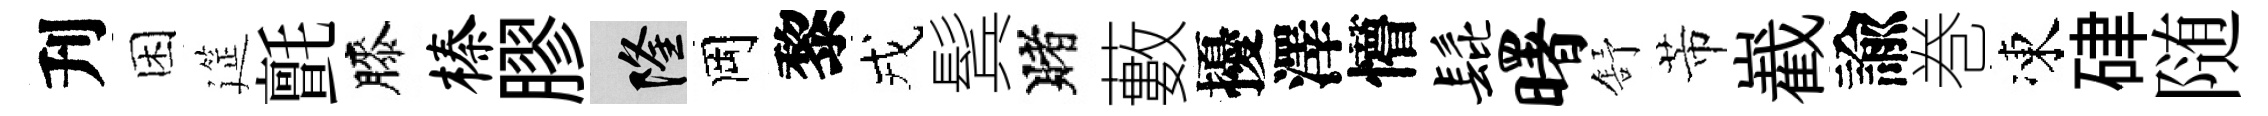
刋困筵氈膝榛膠隆岡黎戎鬂賭藪擾澤懵髭曙舒芾嶻諭巻凍硉随